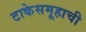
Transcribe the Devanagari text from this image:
टाकेसमूहाची